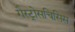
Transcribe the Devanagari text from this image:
गैस्ट्रोसचिसिस